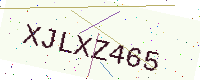
Text: XJLXZ465